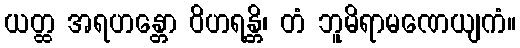
ယတ္ထ အရဟန္တော ဝိဟရန္တိ၊ တံ ဘူမိရာမဏေယျကံ။